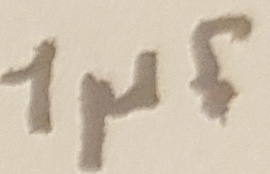
Text: 1µF